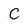
Character: C